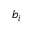
b _ { i }